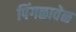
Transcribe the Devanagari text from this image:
पिंगळावेळ